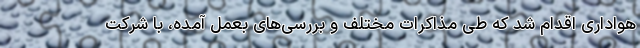
هواداری اقدام شد که طی مذاکرات مختلف و بررسی‌های بعمل آمده، با شرکت